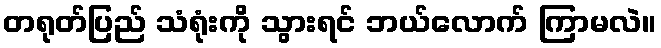
တရုတ်ပြည် သံရုံးကို သွားရင် ဘယ်လောက် ကြာမလဲ။